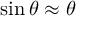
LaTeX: \sin \theta \approx \theta